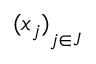
{ ( x _ { j } ) } _ { j \in J }